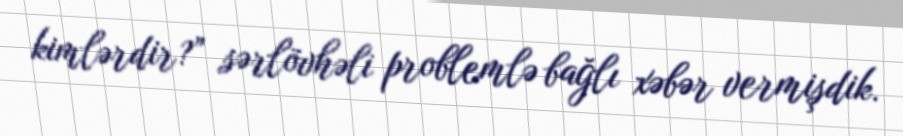
kimlərdir?” sərlövhəli problemlə bağlı xəbər vermişdik.